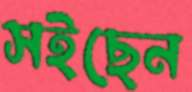
সইছেন